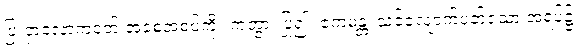
ပြူငှာလောကဝတ် အစေ့အစပ်ကို။ ကတွာ၊ ပြု၍။ ဧကမန္တံ၊ သင့်လျောက်ပတ်သော အရပ်၌။